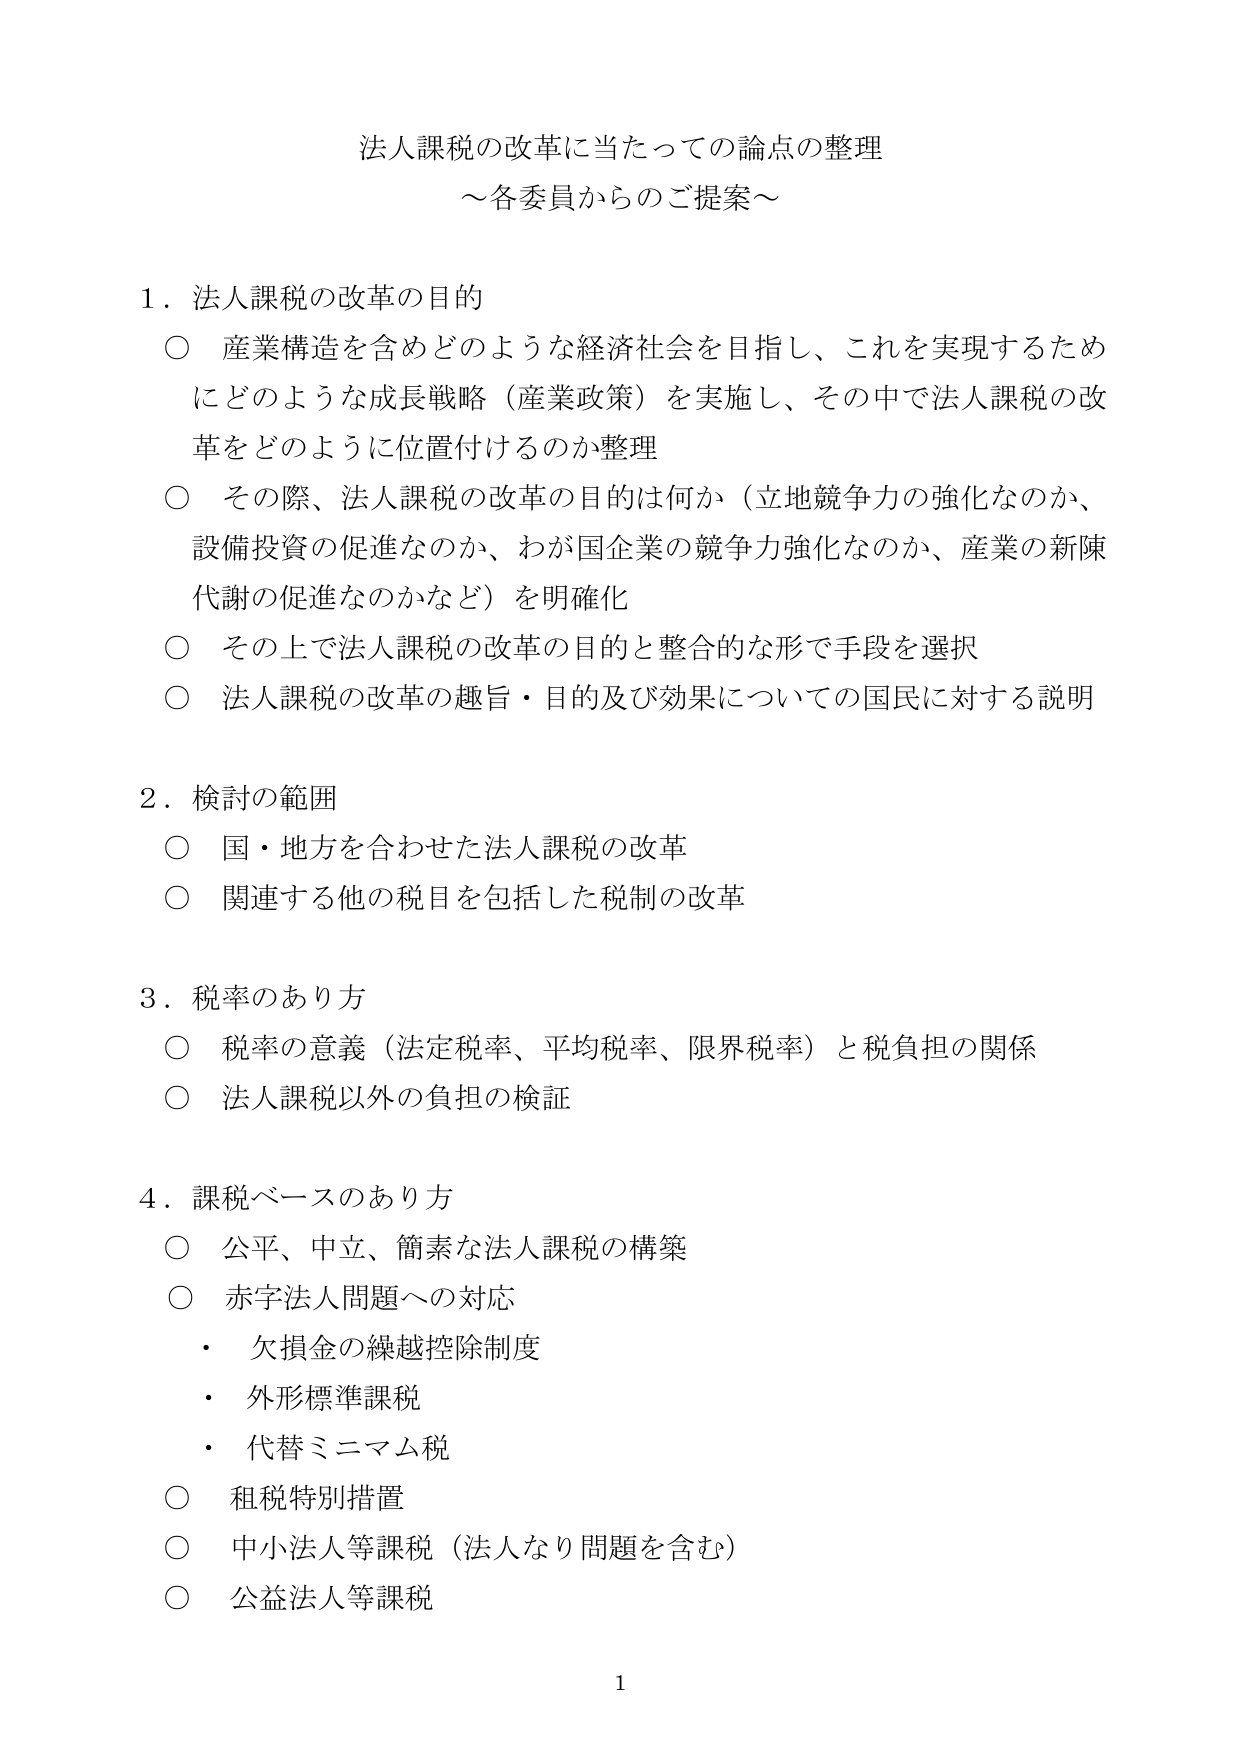
法人課税の改革に当たっての論点の整理
～各委員からのご提案～

1．法人課税の改革の目的
○ 産業構造を含めどのような経済社会を目指し、これを実現するためにどのような成長戦略（産業政策）を実施し、その中で法人課税の改革をどのように位置付けるのか整理
○ その際、法人課税の改革の目的は何か（立地競争力の強化なのか、設備投資の促進なのか、わが国企業の競争力強化なのか、産業の新陳代謝の促進なのかなど）を明確化
○ その上で法人課税の改革の目的と整合的な形で手段を選択
○ 法人課税の改革の趣旨・目的及び効果についての国民に対する説明

2．検討の範囲
○ 国・地方を合わせた法人課税の改革
○ 関連する他の税目を包括した税制の改革

3．税率のあり方
○ 税率の意義（法定税率、平均税率、限界税率）と税負担の関係
○ 法人課税以外の負担の検証

4．課税ベースのあり方
○ 公平、中立、簡素な法人課税の構築
○ 赤字法人問題への対応
・ 欠損金の繰越控除制度
・ 外形標準課税
・ 代替ミニマム税
○ 租税特別措置
○ 中小法人等課税（法人なり問題を含む）
○ 公益法人等課税

1